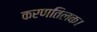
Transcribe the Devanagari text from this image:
करणतिलक।